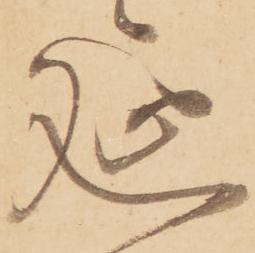
延